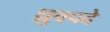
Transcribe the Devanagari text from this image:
ध्रुवपदे